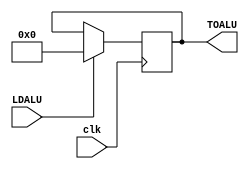
module IDREG #(parameter [15:0] ID = 16'b0) (input clk, 
															input LDALU, 
															output reg [15:0] TOALU);

	always @ (posedge clk)
		begin
			if (LDALU)
				TOALU <= ID;
		end
		
endmodule